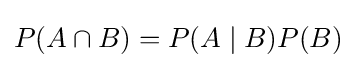
P(A\cap B)=P(A\mid B)P(B)